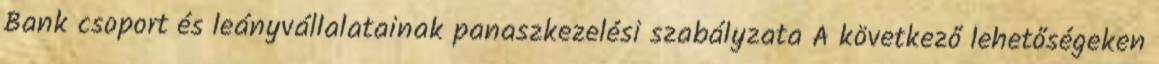
Bank csoport és leányvállalatainak panaszkezelési szabályzata A következő lehetőségeken